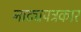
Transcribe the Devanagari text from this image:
नाट्यपत्रकार